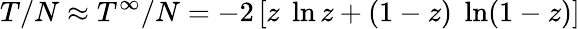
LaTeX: T/N\approx T^{\infty}/N=-2\left[z\; \ln z+(1-z)\; \ln(1-z)\right]